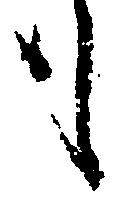
も